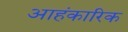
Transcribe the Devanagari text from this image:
आहंकारिक